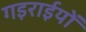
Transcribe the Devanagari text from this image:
गइराईयों